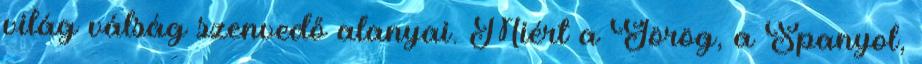
világ válság szenvedő alanyai. Miért a Görög, a Spanyol,